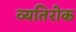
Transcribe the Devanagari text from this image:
व्यतिरोक